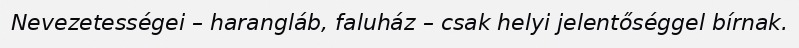
Nevezetességei – harangláb, faluház – csak helyi jelentőséggel bírnak.